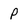
Character: p